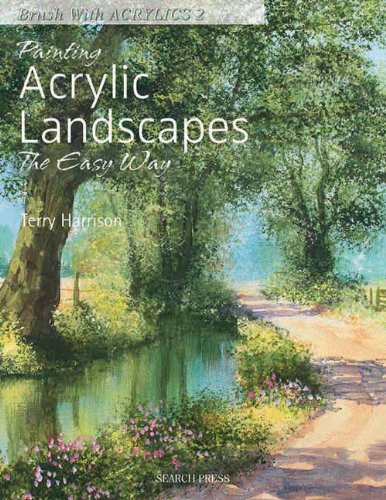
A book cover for Painting Acrylic Landscapes the Easy Way (Brush with Acrylics); Terry Harrison; Arts & Photography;